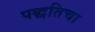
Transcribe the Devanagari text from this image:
पद्धतिचा